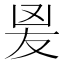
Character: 𭆫